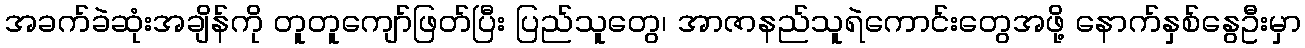
အခက်ခဲဆုံးအချိန်ကို တူတူကျော်ဖြတ်ပြီး ပြည်သူတွေ၊ အာဇာနည်သူရဲကောင်းတွေအဖို့ နောက်နှစ်နွေဦးမှာ